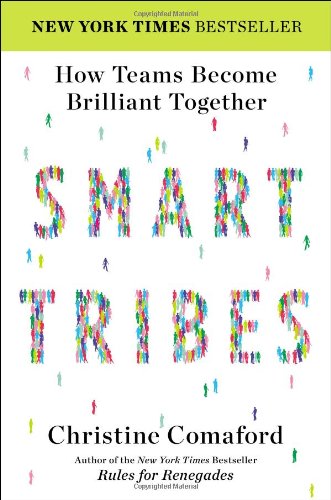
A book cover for SmartTribes: How Teams Become Brilliant Together; Christine Comaford; Business & Money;